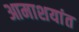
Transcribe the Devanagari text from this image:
आमाशयांत